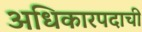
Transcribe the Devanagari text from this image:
अधिकारपदाची